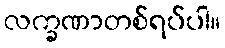
လက္ခဏာတစ်ရပ်ပါ။